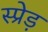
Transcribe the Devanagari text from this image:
स्प्रेड़